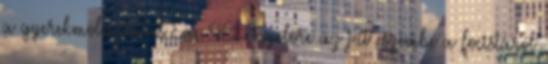
a gyerekmolesztálás Éva-48: Egyelőre az jut eszembe a focistáról